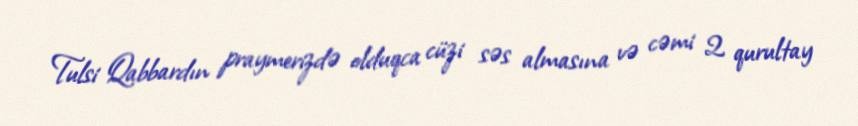
Tulsi Qabbardın praymerizdə olduqca cüzi səs almasına və cəmi 2 qurultay